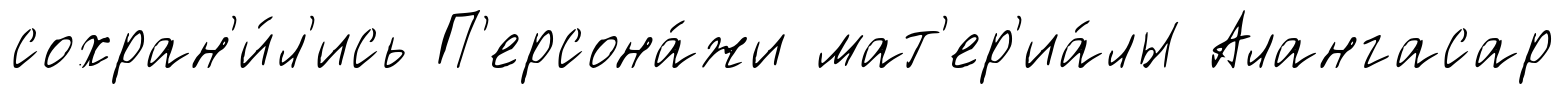
сохран'и́л'ись П'ерсона́жи мат'ер'иа́лы Алангасар